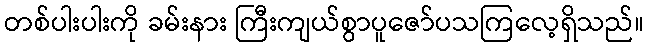
တစ်ပါးပါးကို ခမ်းနား ကြီးကျယ်စွာပူဇော်ပသကြလေ့ရှိသည်။